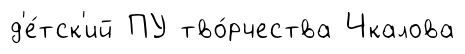
д'е́тск'ий ПУ тво́рчества Чкалова